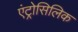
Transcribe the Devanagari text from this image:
एंट्रोसिलिक